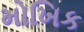
મોખિક